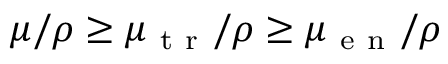
\mu / \rho \geq \mu _ { \mathrm { ~ t ~ r ~ } } / \rho \geq \mu _ { \mathrm { ~ e ~ n ~ } } / \rho